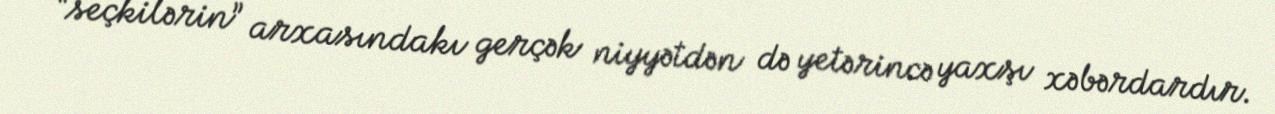
“seçkilərin” arxasındakı gerçək niyyətdən də yetərincə yaxşı xəbərdardır.